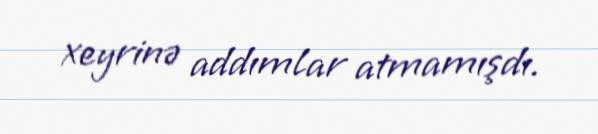
xeyrinə addımlar atmamışdı.